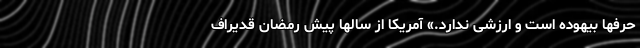
حرفها بیهوده است و ارزشی ندارد.» آمریکا از سالها پیش رمضان قدیراف